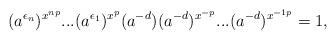
LaTeX: \begin{align*}(a^{\epsilon_n})^{x^{np}}...(a^{\epsilon_{1}})^{x^{p}}(a^{-d})(a^{-d})^{x^{-p}}...(a^{-d})^{x^{-1p}} = 1,\end{align*}